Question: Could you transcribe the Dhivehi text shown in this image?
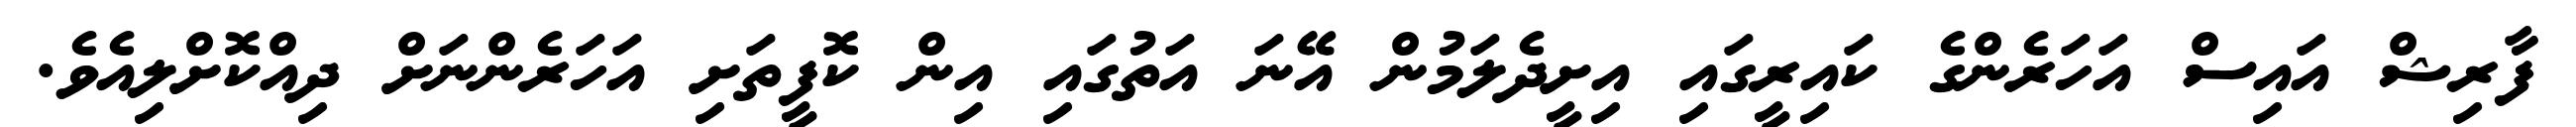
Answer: ފާރިޝް އައިސް އަހަރެންގެ ކައިރީގައި އިށީދެލަމުން އޭނަ އަތުގައި އިން ކޮފީތަށި އަހަރެންނަށް ދިއްކޮށްލިއެވެ.